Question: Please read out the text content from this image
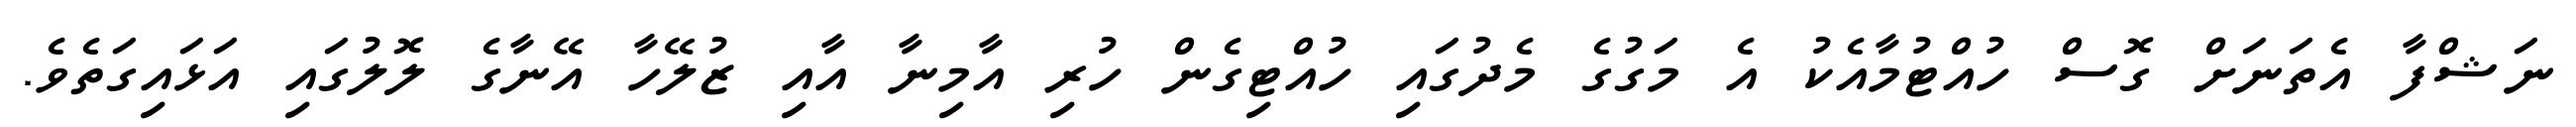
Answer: ނަޝްފާ އެތަނަށް ގޮސް ހުއްޓުމާއެކު އެ މަގުގެ މެދުގައި ހުއްޓިގެން ހުރި އާމިނާ އާއި ޒުލޭހާ އޭނާގެ ލޮލުގައި އަޅައިގަތެވެ.